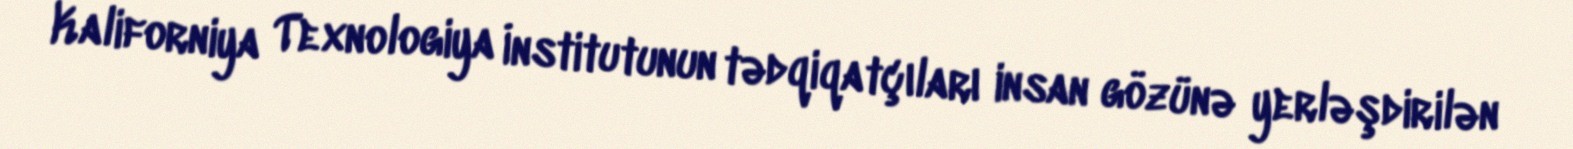
Kaliforniya Texnologiya İnstitutunun tədqiqatçıları insan gözünə yerləşdirilən